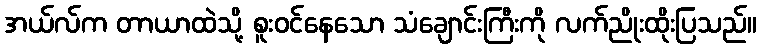
အယ်လ်က တာယာထဲသို့ စူးဝင်နေသော သံချောင်းကြီးကို လက်ညိုးထိုးပြသည်။